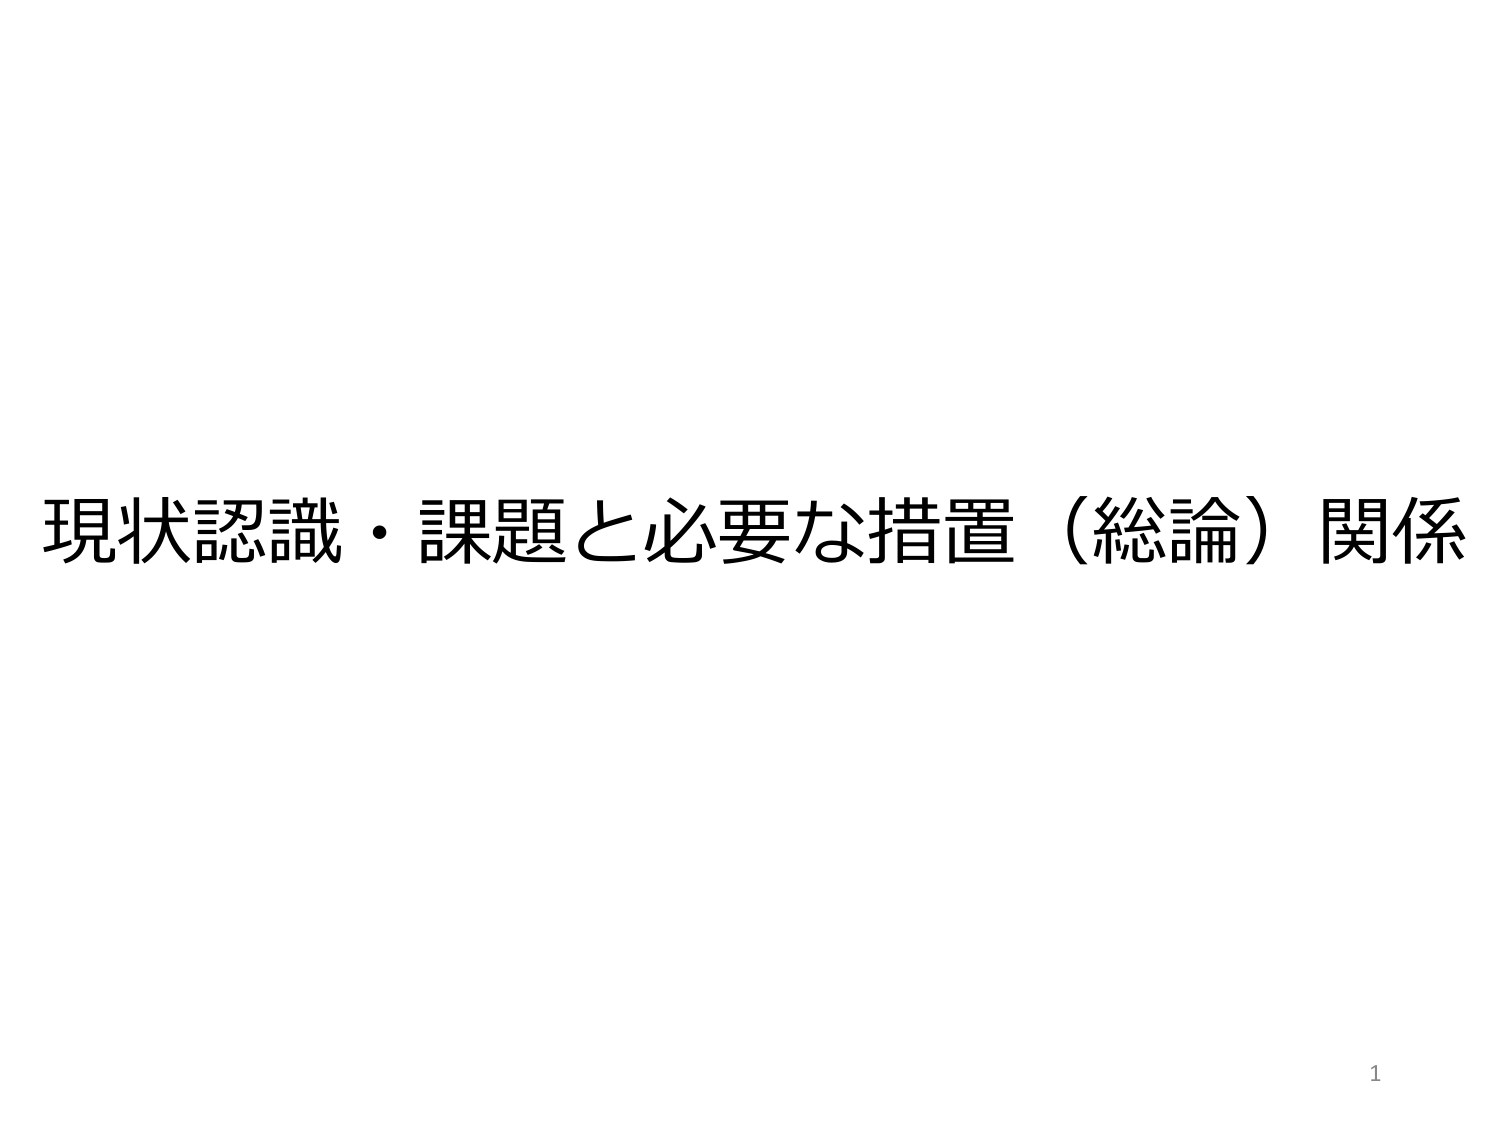
現状認識・課題と必要な措置（総論）関係
1